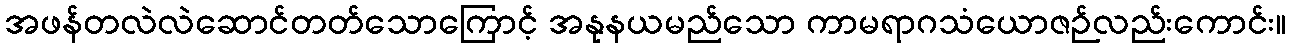
အဖန်တလဲလဲဆောင်တတ်သောကြောင့် အနုနယမည်သော ကာမရာဂသံယောဇဉ်လည်းကောင်း။